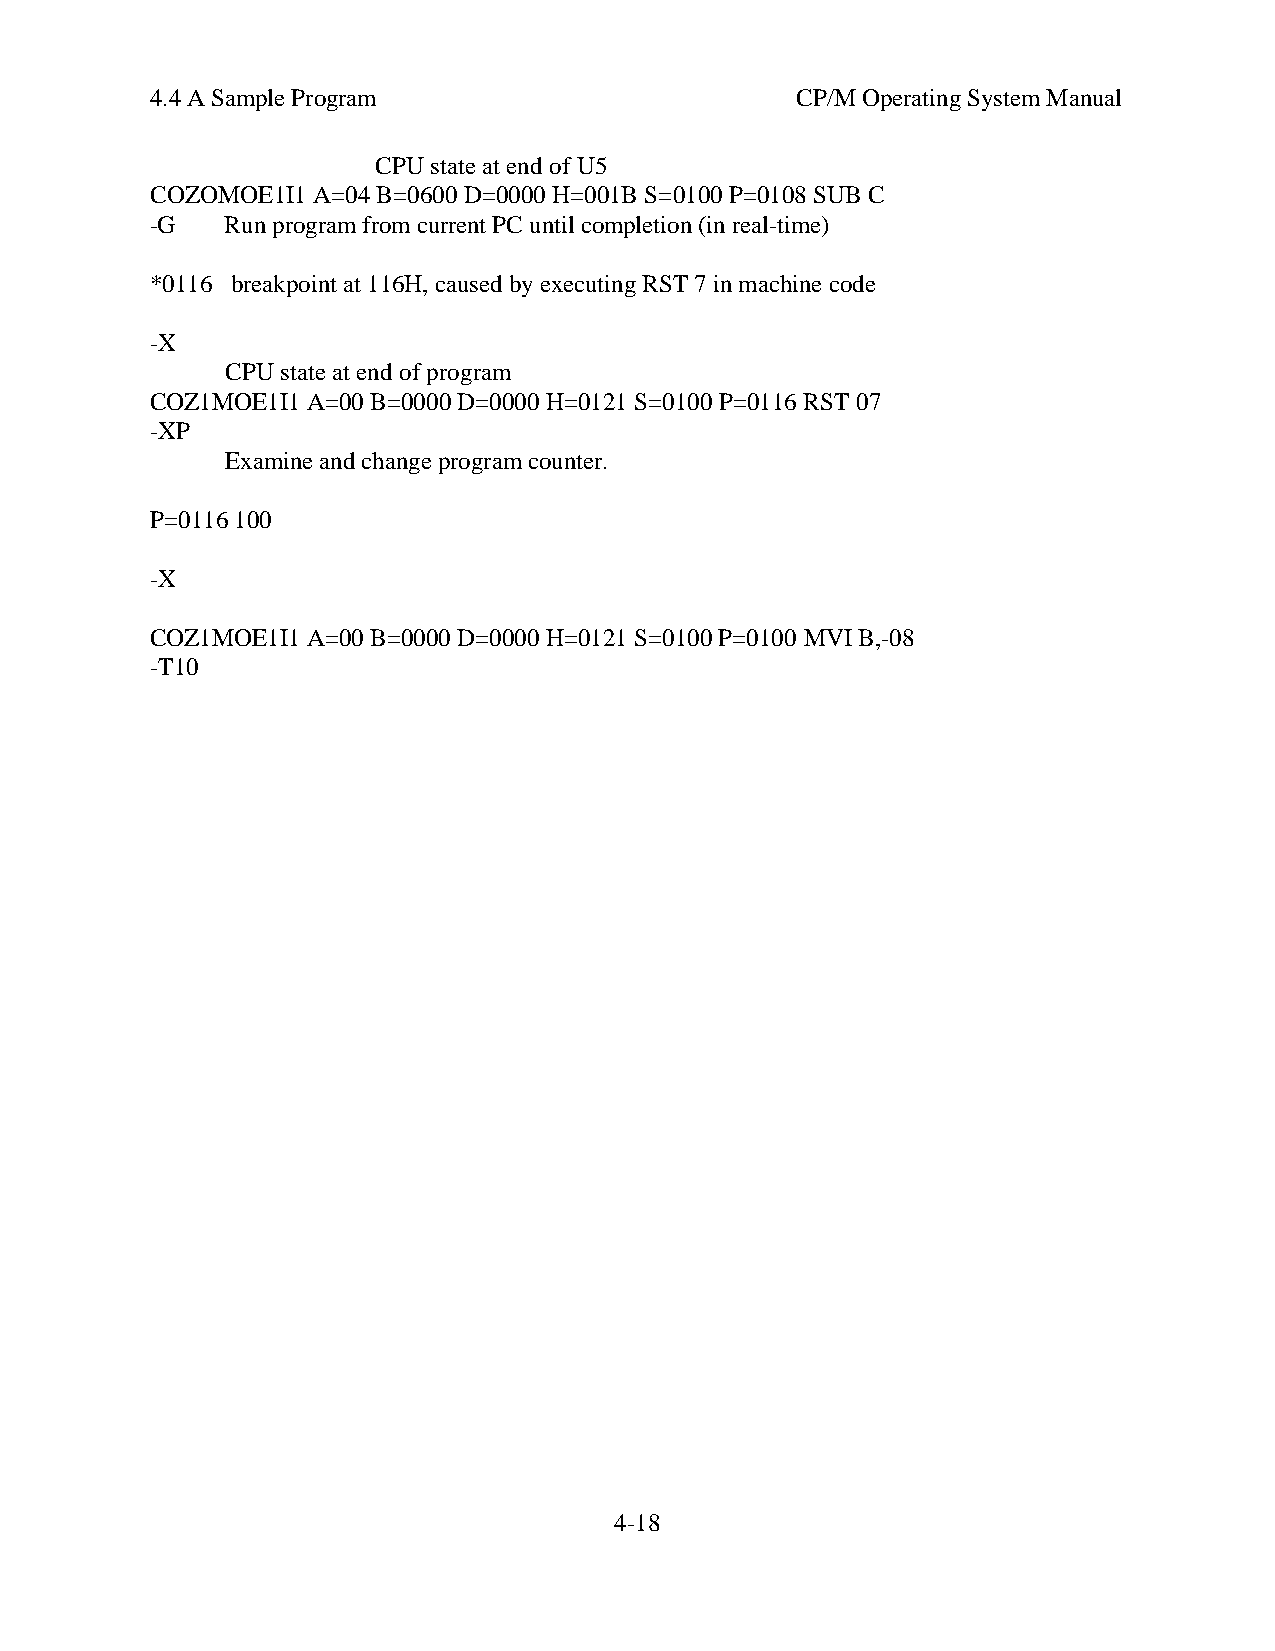
4.4 A Sample Program                       CP/M Operating System Manual
 CPU state at end of U5
 COZOMOE1I1 A=04 B=0600 D=0000 H=001B S=0100 P=0108 SUB C
 -G   Run program from current PC until completion (in real-time)
 *0116 breakpoint at 116H, caused by executing RST 7 in machine code
 -X
 CPU state at end of program
 COZ1MOE1I1 A=00 B=0000 D=0000 H=0121 S=0100 P=0116 RST 07
 -XP
 Examine and change program counter.
 P=0116 100
 -X
 COZ1MOE1I1 A=00 B=0000 D=0000 H=0121 S=0100 P=0100 MVI B,-08
 -T10
 4-18